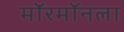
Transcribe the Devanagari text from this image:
मॉरमॉनला